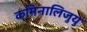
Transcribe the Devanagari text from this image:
कमिनालिजुयु